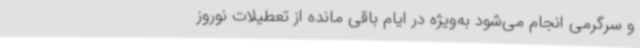
و سرگرمی انجام می‌شود به‌ویژه در ایام باقی مانده از تعطیلات نوروز